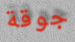
جوقة